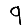
Digit: 9